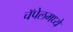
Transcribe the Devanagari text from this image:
चॅपेलमध्ये